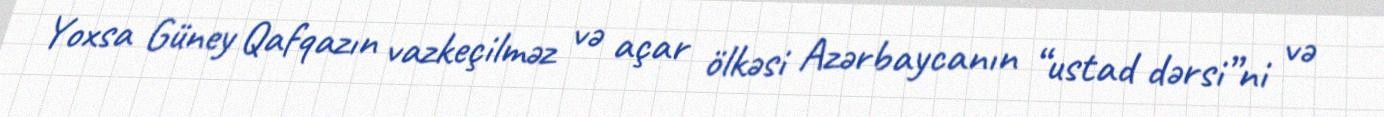
Yoxsa Güney Qafqazın vazkeçilməz və açar ölkəsi Azərbaycanın “ustad dərsi”ni və